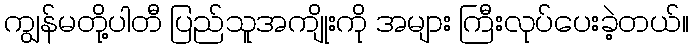
ကျွန်မတို့ပါတီ ပြည်သူအကျိုးကို အများ ကြီးလုပ်ပေးခဲ့တယ်။